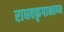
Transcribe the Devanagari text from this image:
राघवकृपाभाष्य